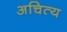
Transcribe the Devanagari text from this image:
अचित्य